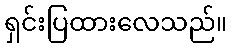
ရှင်းပြထားလေသည်။